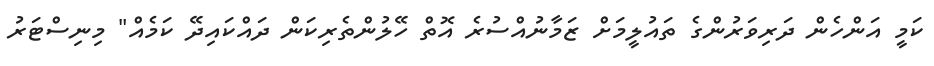
ކަމީ އަންހެން ދަރިވަރުންގެ ތައުލީމަށް ޒަމާނުއްސުރެ އޮތް ހޭލުންތެރިކަން ދައްކައިދޭ ކަމެއް" މިނިސްޓަރު